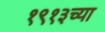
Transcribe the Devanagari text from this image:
१९१३च्या